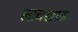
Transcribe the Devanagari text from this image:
लाचखाऊ